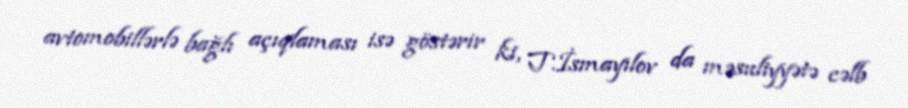
avtomobillərlə bağlı açıqlaması isə göstərir ki, T.İsmayılov da məsuliyyətə cəlb